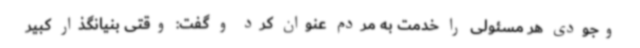
وجودی هر مسئولی را خدمت به مردم عنوان کرد و گفت: وقتی بنیانگذار کبیر